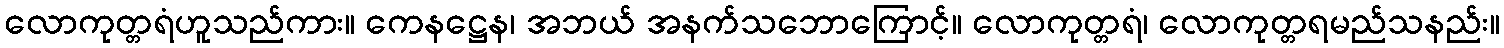
လောကုတ္တရံဟူသည်ကား။ ကေနဋ္ဌေန၊ အဘယ် အနက်သဘောကြောင့်။ လောကုတ္တရံ၊ လောကုတ္တရမည်သနည်း။